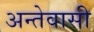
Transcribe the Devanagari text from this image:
अन्तेवासी